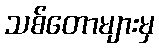
သစ်တောများမှ